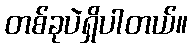
တစ်ခုပဲရှိပါတယ်။